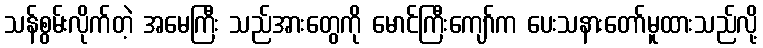
သန်စွမ်းလိုက်တဲ့ အမေကြီး သည်အားတွေကို မောင်ကြီးကျော်က ပေးသနားတော်မူထားသည်လို့